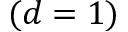
( d = 1 )